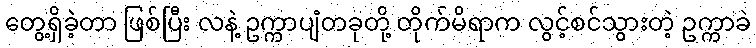
တွေ့ရှိခဲ့တာ ဖြစ်ပြီး လနဲ့ ဥက္ကာပျံတခုတို့ တိုက်မိရာက လွင့်စင်သွားတဲ့ ဥက္ကာခဲ